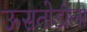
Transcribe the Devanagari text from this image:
ऊसतोडीला